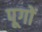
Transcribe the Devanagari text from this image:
पूगों